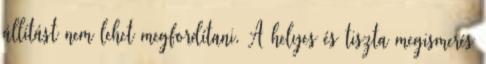
állítást nem lehet megfordítani. A helyes és tiszta megismerés